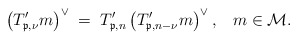
\begin{align*}\left({T_{\mathfrak{p},\nu}'}m\right)^\vee\;=\;T_{\mathfrak{p},n}'\left({T_{\mathfrak{p},n-\nu}'}m\right)^\vee,\;\;\;m\in\mathcal M.\end{align*}